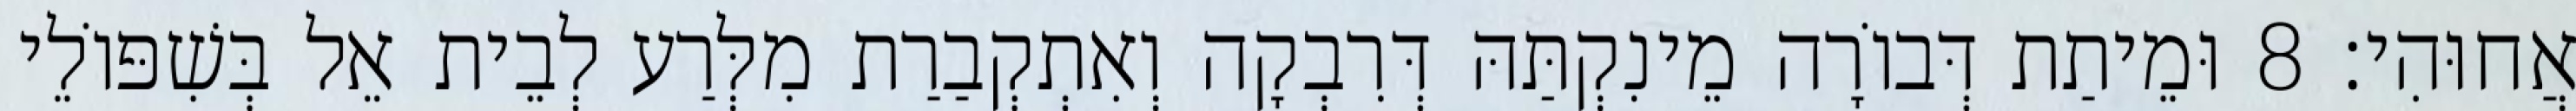
אֲחוּהִי׃ 8 וּמֵיתַת דְּבוֹרָה מֵינִקְתַּהּ דְּרִבְקָה וְאִתְקְבַרַת מִלְּרַע לְבֵית אֵל בְּשִׁפּוֹלֵי